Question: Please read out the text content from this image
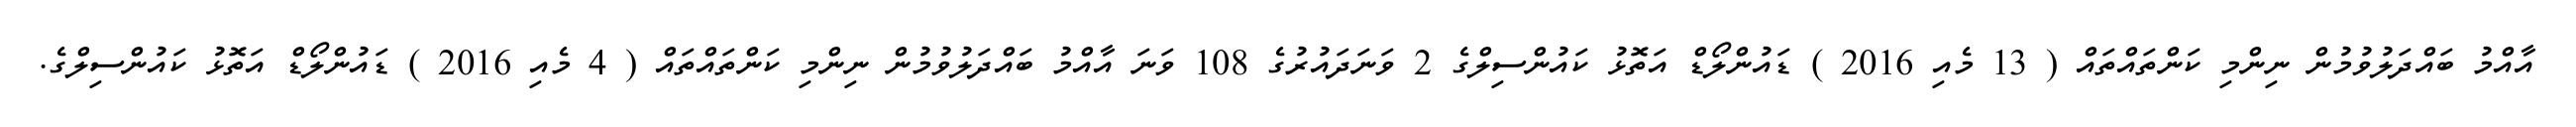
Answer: އާއްމު ބައްދަލުވުމުން ނިންމި ކަންތައްތައް ( 13 މެއި 2016 ) ޑައުންލޯޑް އަތޮޅު ކައުންސިލްގެ 2 ވަނަދައުރުގެ 108 ވަނަ އާއްމު ބައްދަލުވުމުން ނިންމި ކަންތައްތައް ( 4 މެއި 2016 ) ޑައުންލޯޑް އަތޮޅު ކައުންސިލްގެ.